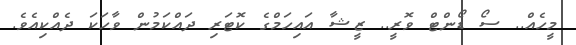
މީހެއް.. ސޯ ޑޯންޓް ވޮރީ.. ޒީޝާ އައިހަމްގެ ކޮޓަރި ދައްކަމުން ވާހަކަ ދެއްކިއެވެ.